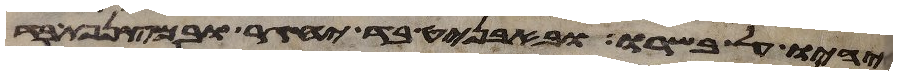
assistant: יהיו על בשרו ובאבניט בד יחגר ובמצנפת בד